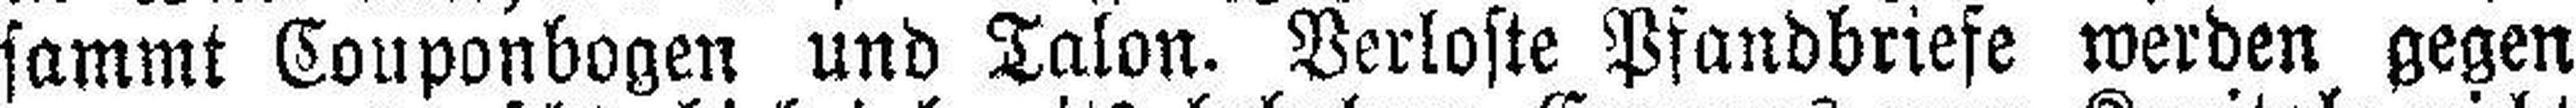
sammt Couponbogen und Talon. Verloste Pfandbriefe werden gegen